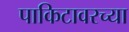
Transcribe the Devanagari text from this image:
पाकिटावरच्या